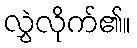
လွှဲလိုက်၏။